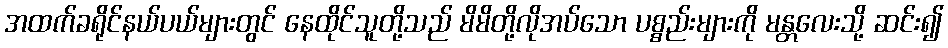
အထက်ခရိုင်နယ်ပယ်များတွင် နေထိုင်သူတို့သည် မိမိတို့လိုအပ်သော ပစ္စည်းများကို မန္တလေးသို့ ဆင်း၍